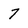
Character: 7